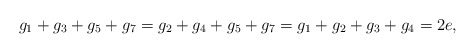
\begin{align*}g_1+g_3+g_5+g_7=g_2+g_4+g_5+g_7=g_1+g_2+g_3+g_4=2e,\end{align*}